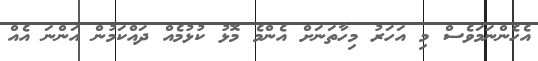
އެހެންނަމަވެސް މި އަހަރު މިހާތަނަށް އެންމެ މޮޅު ކުޅުމެއް ދައްކަމުން އަންނަ އެއް